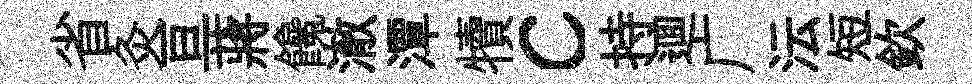
省灸亘蔣饞澈潭犢c持逥广沄短欽